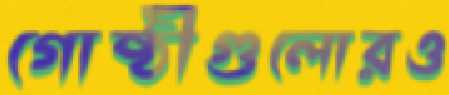
গোষ্ঠীগুলোরও